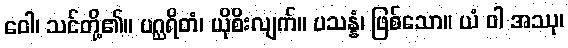
ဝေါ၊ သင်တို့၏။ ပဂ္ဃရိတံ၊ ယိုစိးလျက်။ ပသန္နံ၊ ဖြစ်သော။ ယံ ဝါ အဿု၊